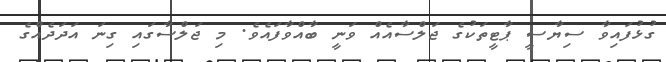
ގުޅުފައިވާ ސިޔާސީ ޕާޓީތަކުގެ ޖަލްސާއެއް ވަނީ ބާއްވާފައެވެ. މި ޖަލްސާގައި ގިނަ އަދަދެއްގެ